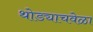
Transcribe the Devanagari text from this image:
थोड्याचवेळा